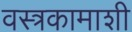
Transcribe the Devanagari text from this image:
वस्त्रकामाशी